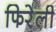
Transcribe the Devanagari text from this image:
फिरेली